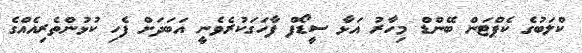
ކްލަބުގެ ކެޕްޓަން ބޭންޑް މިހާރު އަޅާ ސީޑޯފް ފާހަގަކުރެވެނީ އަބަދަށް ފެހި ކުޅުންތެރިއެއްގެ